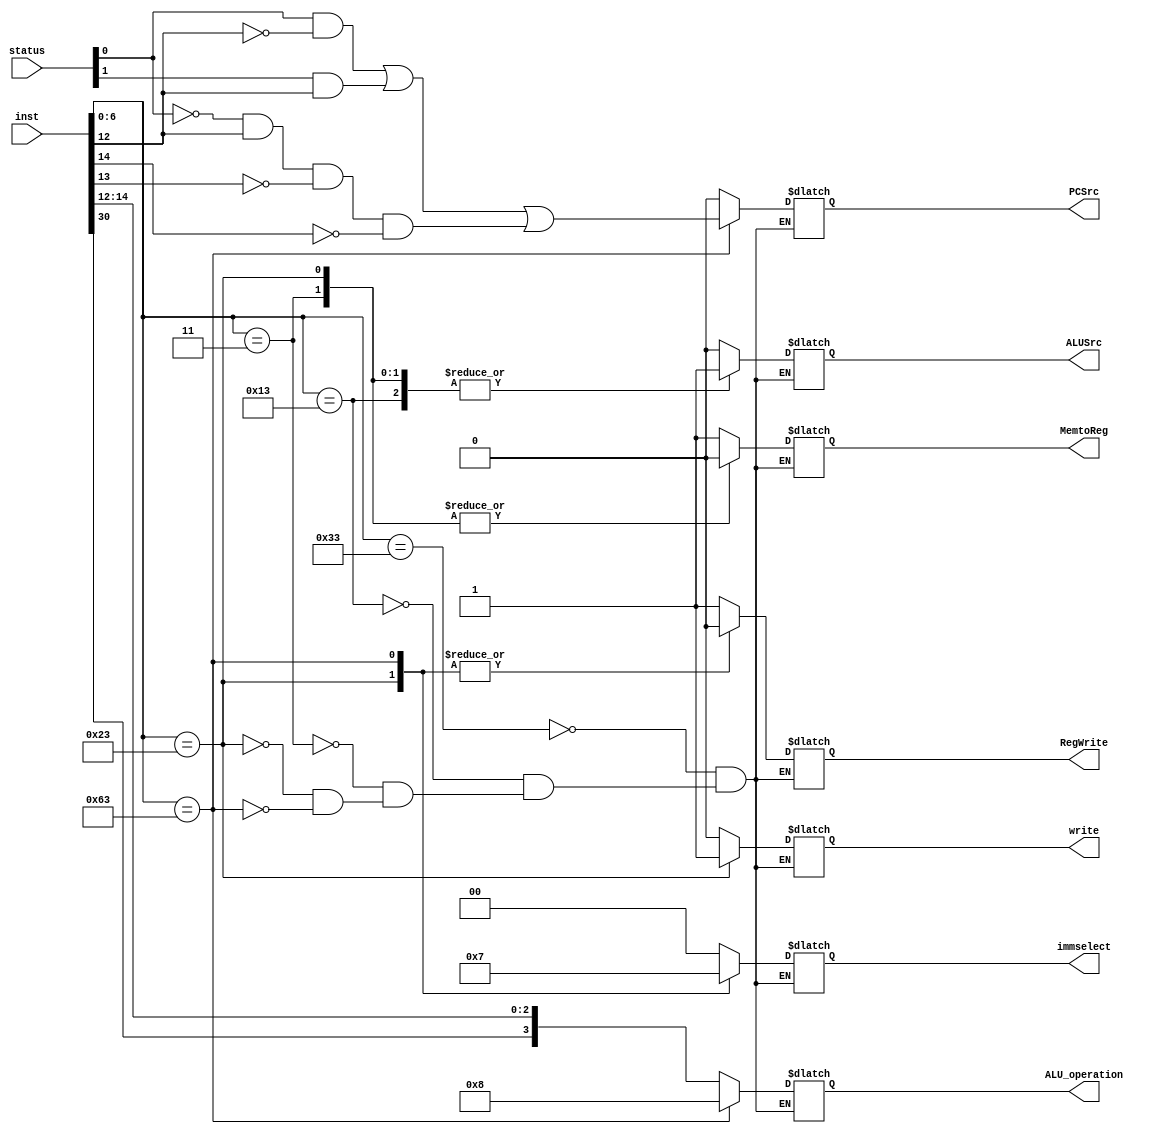
module ControlUnit(inst, status, RegWrite, PCSrc, ALUSrc, write, MemtoReg, ALU_operation, immselect);
input [31:0] inst;
input [3:0] status;

output reg RegWrite, PCSrc, ALUSrc, write, MemtoReg;
output reg [3:0] ALU_operation;
output reg [1:0] immselect;

initial begin
RegWrite = 0;
PCSrc = 0;
ALUSrc = 1;
write = 0;
MemtoReg = 1;
end

always  @(*) begin
case (inst[6:0])
	7'b0110011: begin
	RegWrite = 1;
	PCSrc = 0;
	ALUSrc = 0;
	write = 0;
	MemtoReg = 1;
	immselect = 00;
	ALU_operation = {inst[30], inst[14:12]};
	end
	
	7'b0010011: begin
	RegWrite = 1;
	PCSrc = 0; 
	ALUSrc = 1;
	write = 0;
	MemtoReg = 1;
	immselect = 00;
	ALU_operation = {inst[30], inst[14:12]};
	end
	
	7'b0000011: begin
	RegWrite = 1;
	PCSrc = 0; 
	ALUSrc = 1;
	write = 0;
	MemtoReg = 0;
	immselect = 00;
	ALU_operation = {inst[30], inst[14:12]};
	end
	
	7'b0100011: begin
	RegWrite = 0;
	PCSrc = 0; 
	ALUSrc = 1;
	write = 1;
	MemtoReg = 0;
	immselect = 01;
	ALU_operation = {inst[30], inst[14:12]};
	end
	
	7'b1100011: begin
	RegWrite = 0;
	ALUSrc = 0;
	write = 0;
	MemtoReg = 1;
	immselect = 11;
	ALU_operation = 1000;
	#3
	if (inst[6:0] == 7'b1100011) begin
	PCSrc = ((status[0] && ~inst[12]) || (status[1] && inst[12]) || (~status[0] && inst[12] && ~inst[13] && ~inst[14]));
end
	end
	
	
endcase


end


endmodule